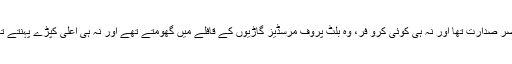
اپنے پانچ سالہ دور حکمرانی میں ملا عمر کا کوئی قصر صدارت تھا اور نہ ہی کوئی کرو فر، وہ بلٹ پروف مرسڈیز گاڑیوں کے قافلے میں گھومتے تھے اور نہ ہی اعلیٰ کپڑے پہنتے تھے، پر تعیش زندگی کا تصور اُن کے لئے اجنبی تھا۔